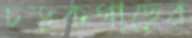
চড়কগাছের